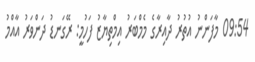
09:54 މާފަންނު އުތުރު ދާއިރާގެ މެމްބަރު އިމްތިޔާޒު ފަހުމީ: ރޭގަނޑު ދަންވަރު އާއްމު